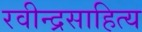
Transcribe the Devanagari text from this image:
रवीन्द्रसाहित्य